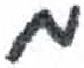
אות: מ